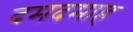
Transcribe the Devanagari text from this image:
दमदमाह